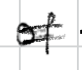
Text: of
Cross-out: double-line
Writing tool: digital_black